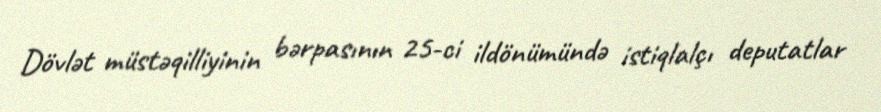
Dövlət müstəqilliyinin bərpasının 25-ci ildönümündə istiqlalçı deputatlar